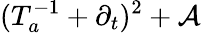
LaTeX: (T_{a}^{-1}+\partial_{t})^{2}+{\mathcal A}